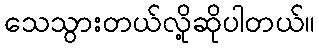
သေသွားတယ်လို့ဆိုပါတယ်။